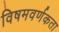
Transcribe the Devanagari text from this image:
विषमवर्णकता